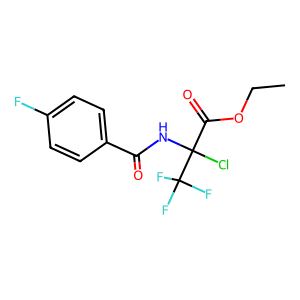
SMILES: CCOC(=O)C(Cl)(NC(=O)c1ccc(F)cc1)C(F)(F)F
Inhibits HIV replication: No